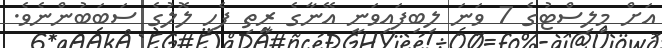
އަށް މިލިސްޓުގެ 7 ވަނަ ލިބިފައިވަނީ އޭނާގެ ރީތި ފެހި ލޮލުގެ ސަބަބުންނެވެ.